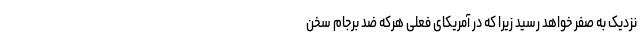
نزدیک به صفر خواهد رسید زیرا که در آمریکای فعلی هرکه ضد برجام سخن